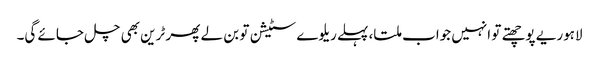
لاہوریے پوچھتے تو انہیں جواب ملتا، پہلے ریلوے سٹیشن تو بن لے پھر ٹرین بھی چل جائے گی۔